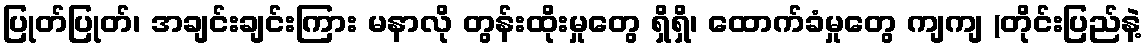
ပြုတ်ပြုတ်၊ အချင်းချင်းကြား မနာလို တွန်းထိုးမှုတွေ ရှိရှိ၊ ထောက်ခံမှုတွေ ကျကျ (တိုင်းပြည်နဲ့